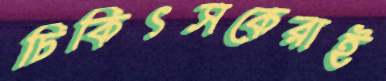
চিকিৎসকেরাই